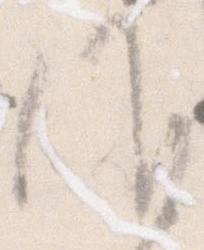
候